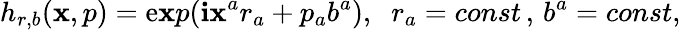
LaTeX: h_{r,b}(\mathbf{x},p)=\mathrm{e}\mathbf{x}p(\mathbf{i}\mathbf{x}^{a}r_{a}+p_{a}b^{a}),\; \; r_{a}=const\, ,\, b^{a}=const,